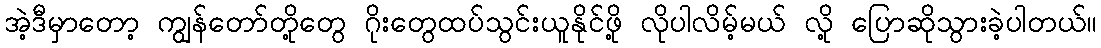
အဲ့ဒီမှာတော့ ကျွန်တော်တို့တွေ ဂိုးတွေထပ်သွင်းယူနိုင်ဖို့ လိုပါလိမ့်မယ် လို့ ပြောဆိုသွားခဲ့ပါတယ်။